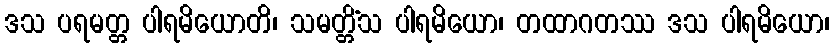
ဒသ ပရမတ္တ ပါရမိယောတိ၊ သမတ္တိံသ ပါရမိယော၊ တထာဂတဿ ဒသ ပါရမိယော၊